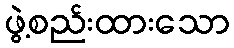
ဖွဲ့စည်းထားသော